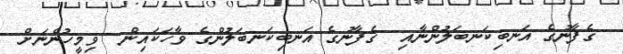
ގެފާނުގެ އަނބިކަނބަލުންނާއި  ގެފާނުގެ އަނބިކަނބަލުންގެ ވާހަކައިން  ވިމީހުންނަށް